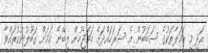
އަދި މި ހަމަލާތަކުގެ ސަބަބުން އެ ސަރަހައްދަށް ހަމަޖެހުން ލިބޭނެ ކަމަށް ގަބޫލުނުކުރައްވާ